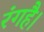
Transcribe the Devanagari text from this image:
रंगहै।